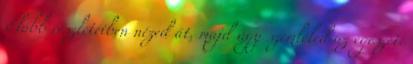
Előbb részleteiben nézed át, majd úgy szemléled az egészet.